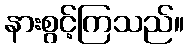
နားစွင့်ကြသည်။